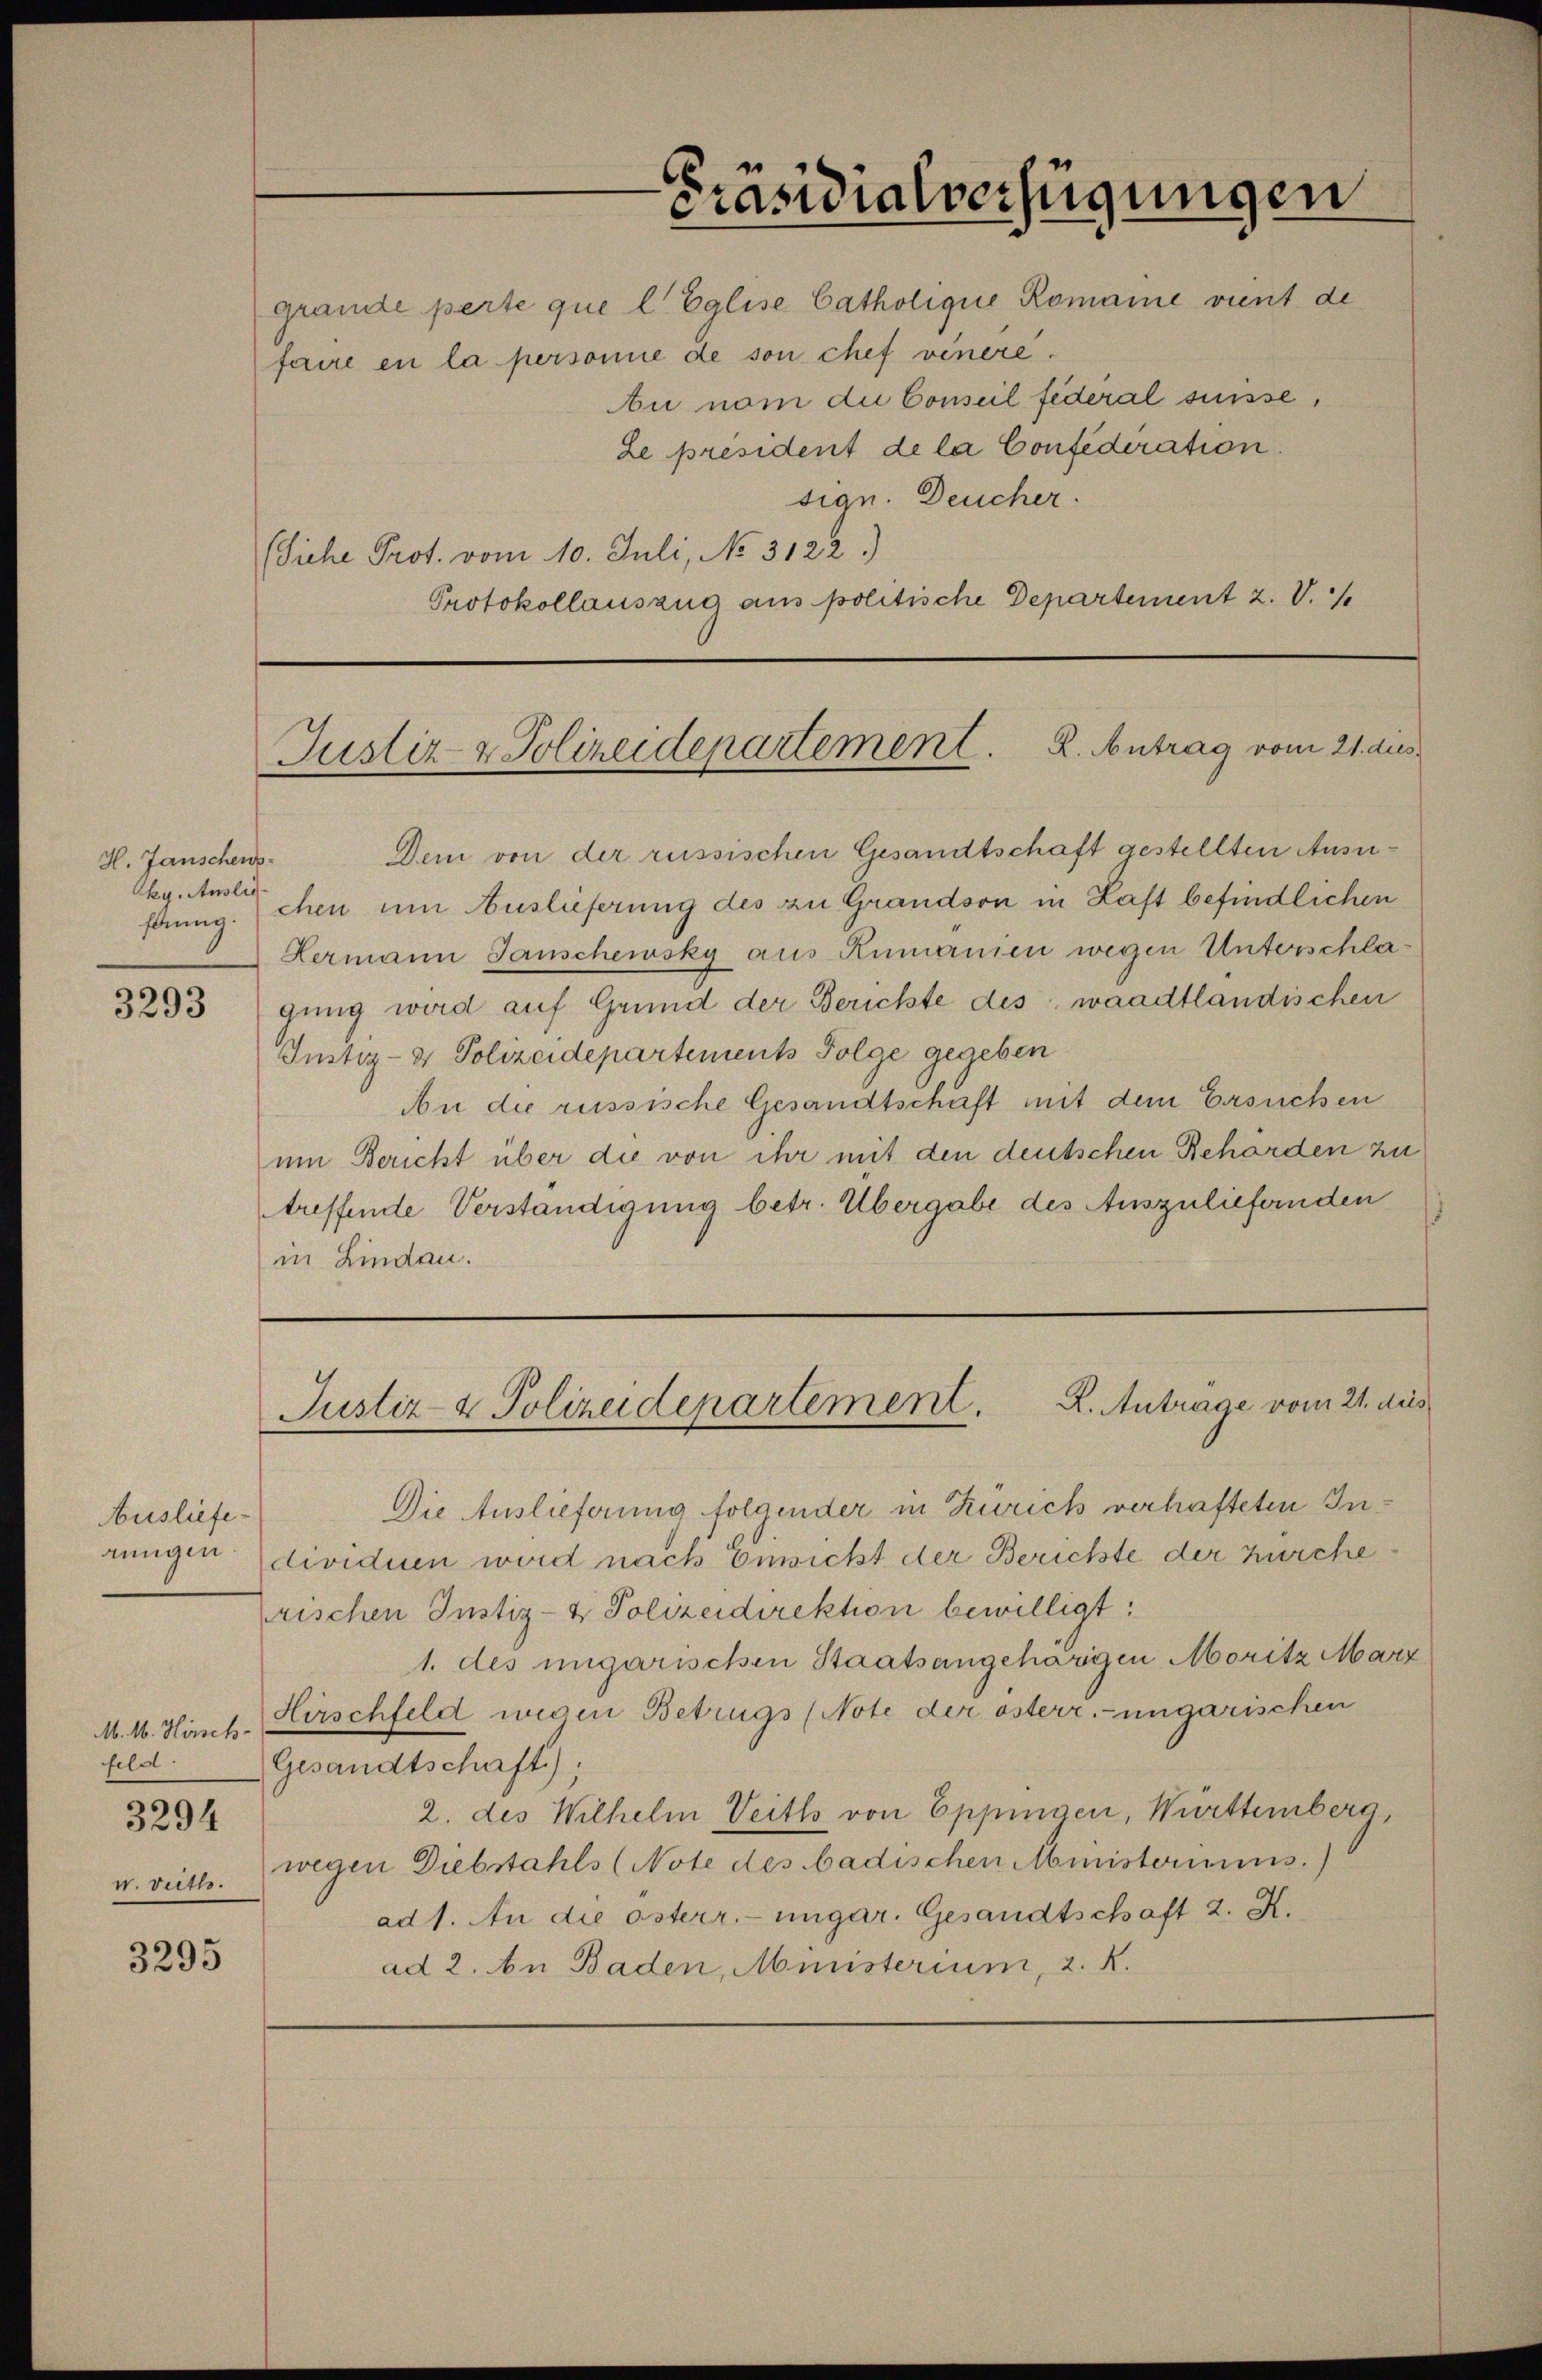
3293

3295

H. Janschens
ky. Auslie¬

Ausliefe
anngen.

M. M. Hirsch
fils.
3294
v. dritt.

faire en la personne de son chef venere.
u nom die Conseil federal suisse,
Le president de la Confederation.
sign. Deucher.
(Siche Prot. vom 10. Juli, No. 3122.)
Protokollauszug aus politische Departement z. V.

um Bericht über die von ihr mit den deutschen Behörden zu
treffende Verständigung betr. Übergabe des Auszuliefernden
in Lindau.

Dem von der russischen Gesandtschaft gestellten Ausfänng. Schen um Auslieferung des zu Grandson in Haft befindlichen
Hermann Ganscheinsky aus Rumanien wegen Unterschlagung wird auf Grund der Berichte des waadtländischen
Justiz- & Polizeidepartement Folge gegeben
An die russische Gesandtschaft mit dem Ersuchen

Die Auslieferung folgender in Zürich verhafteten Individuen wird nach Einsicht der Berichte der zürcherischen Justiz- & Polizeidirektion bewilligt:
1. des ungarischen Staatsangehärgen Moritz Marz
Hirschfeld wegen Betrugs (Note der österr.-ungarischen
Gesandtschaft);
2. des Wilhelm Veiths von Eppingen, Württemberg,
wegen Diebstahls (Note des badischen Ministeriums.)
ad 1. An die österr. ungar. Gesandtschaft 2. X.
ad 2. An Baden, Ministerium, z. R.

Präsidialverfügungen
grande perte que l Eglise Catholique Romane vient de

Justiz- & Polizeidepartement. K. Antrag vom 21. dies

Justiz- & Polizeidepartement. K. Antrage vom 21. dies